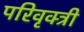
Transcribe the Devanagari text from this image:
परिवृक्त्री